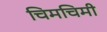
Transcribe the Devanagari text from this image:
चिमचिमी